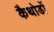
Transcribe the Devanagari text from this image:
कैथोडों